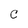
Character: C